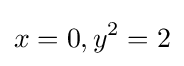
x=0,y^{2}=2